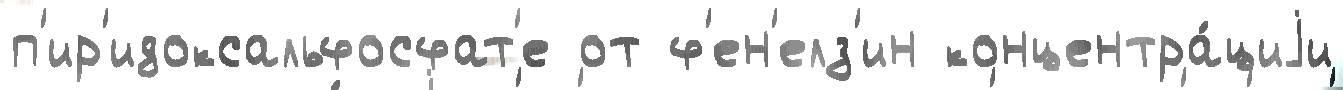
п'ир'идоксальфосфат'е от ф'ен'елз'ин концентра́циjи